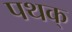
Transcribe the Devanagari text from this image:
पथक्